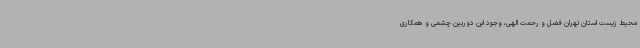
محیط زیست استان تهران فضل و رحمت الهی، وجود این دوربین چشمی و همکاری